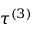
\tau ^ { ( 3 ) }